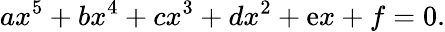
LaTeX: ax^{5}+bx^{4}+cx^{3}+dx^{2}+\mathrm{e}x+f=0.